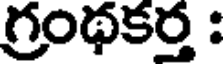
గ్రంథకర్త :